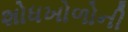
શોધખોળોની